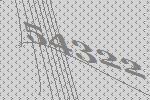
54322